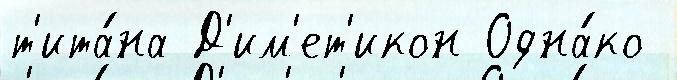
т'ита́на Д'им'ет'икон Одна́ко